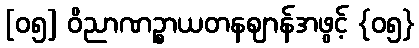
[၀၅] ဝိညာဏဉ္စာယတနဈာန်အဖွင့် {၀၅}